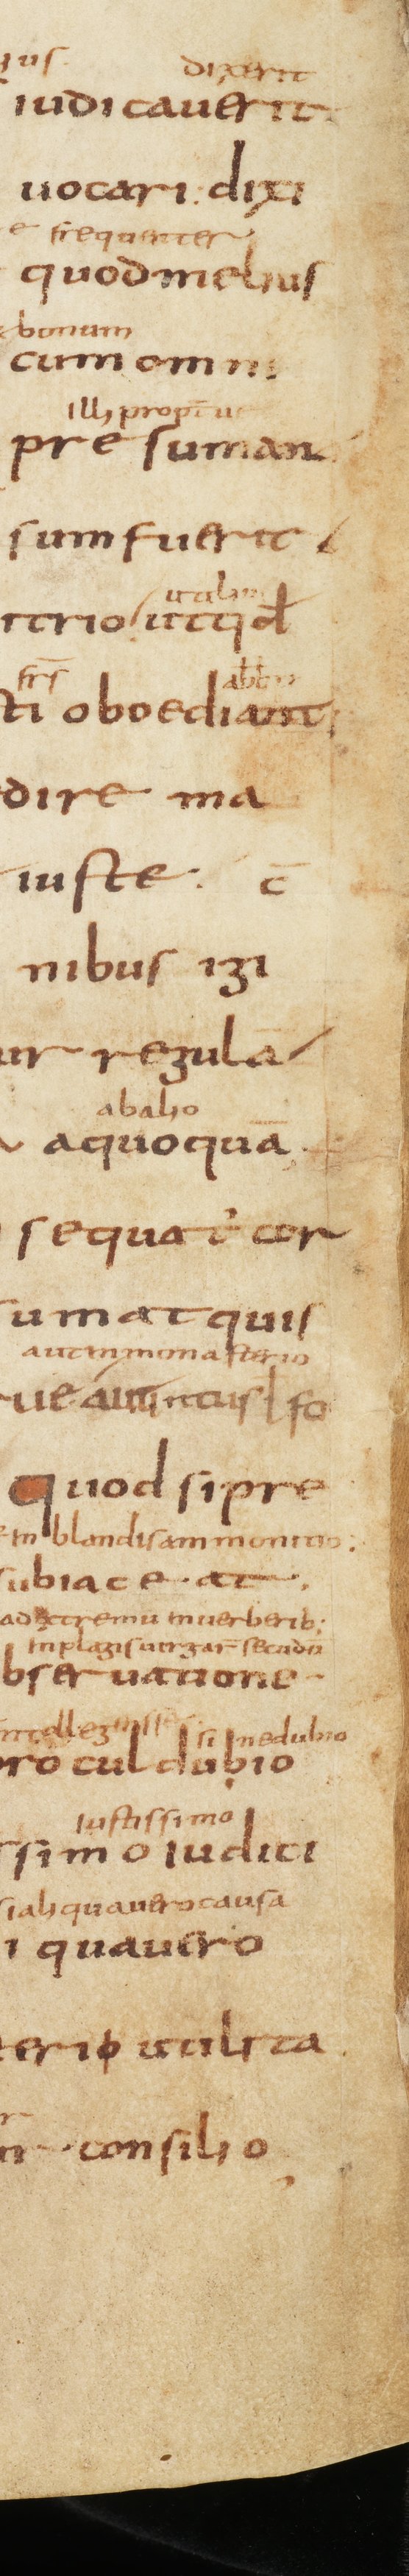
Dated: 800–849